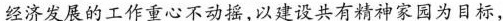
经济发展的工作重心不动摇，以建设共有精神家园为目标，